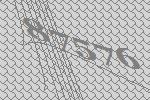
87576